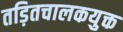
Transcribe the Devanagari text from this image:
तड़ितचालकयुक्त